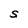
Character: S